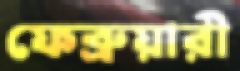
ফেব্রুয়ারী